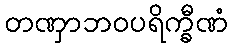
တဏှာဘဝပရိက္ခီဏံ